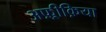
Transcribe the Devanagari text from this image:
अफ़्रीक़िया